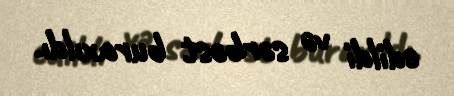
edildi və sərbəst buraxıldı.